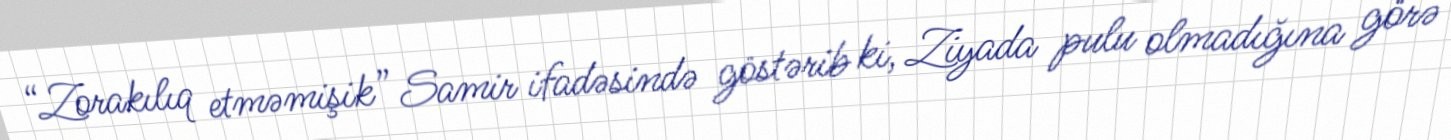
“Zorakılıq etməmişik” Samir ifadəsində göstərib ki, Ziyada pulu olmadığına görə